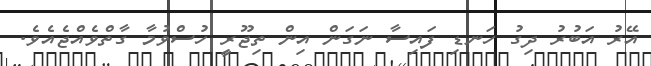
އޭރު އަބުރު ދިގު ހަނޑި ފައިސާ ނަގަން އިން ތިޖޫރިީ ހުސްވުމާ ގާތްވެއްޖެއެވެ.